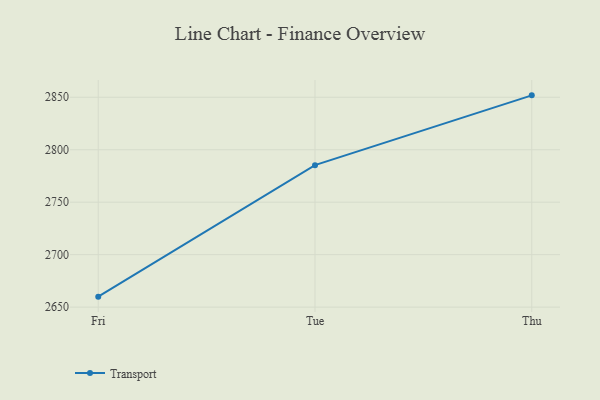
{"axis": {"x": "Day", "y": "Production Output"}, "legend": ["Transport"], "data": [{"x": "Fri", "y": 2660.0, "type": "Transport"}, {"x": "Tue", "y": 2785.3, "type": "Transport"}, {"x": "Thu", "y": 2851.8, "type": "Transport"}]}